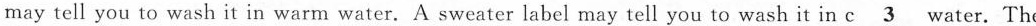
may tell you to wash it in warm water. A sweater label may tell you to wash it in c\underline{3} water.